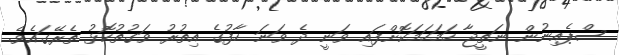
ސްޕެއިނުން ނަތީޖާ ހަމަހަމަކޮށްފައި ވަނީ ދެ ވަނަ ހާފުގެ އިތުރު ވަގުތުކޮޅު ތެރޭގައެވެ.